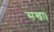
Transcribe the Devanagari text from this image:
सखा।